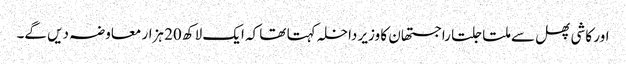
اور کاشی پھل سے ملتا جلتا راجستھان کا وزیر داخلہ کہتا تھا کہ ایک لاکھ 20 ہزار معاوضہ دیں گے۔